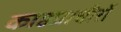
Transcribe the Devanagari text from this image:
काष्ठप्राचीरों